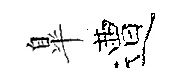
臯遭